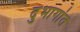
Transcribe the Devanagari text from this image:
दुभागांत